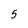
Character: 5